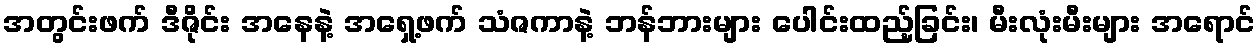
အတွင်းဖက် ဒီဇိုင်း အနေနဲ့ အရှေ့ဖက် သံဇကာနဲ့ ဘန်ဘားများ ပေါင်းထည့်ခြင်း၊ မီးလုံးမီးများ အရောင်